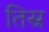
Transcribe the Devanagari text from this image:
तिस्र